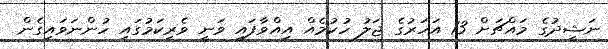
ނަޝީދުގެ މައްޗަށް 13 އަހަރުގެ ޖަލު ހުކުމެއް އިއްވާފައި ވަނީ ވެރިކަމުގައި ހުންނަވައިގެން